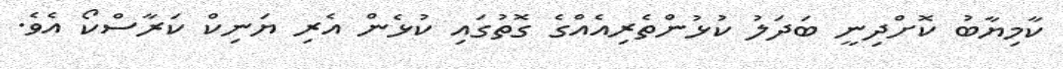
ކާމިޔާބު ކޮށްދިނީ ބަދަލު ކުޅުންތެރިއެއްގެ ގޮތުގައި ކުޅެން އެރި ޔަނިކް ކަރާސްކޯ އެވެ.